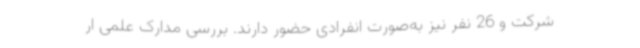
شرکت و 26 نفر نیز به‌صورت انفرادی حضور دارند. بررسی مدارک علمی ار